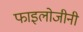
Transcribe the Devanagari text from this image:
फाइलोजीनी